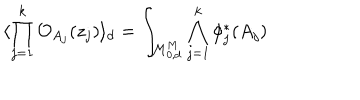
\langle \prod _ { j = 1 } ^ { k } { \cal O } _ { A _ { j } } ( z _ { j } ) \rangle _ { d } = \int _ { { \cal M } _ { 0 , d } ^ { M } } \bigwedge _ { j = 1 } ^ { k } \phi _ { j } ^ { * } ( A _ { j } )